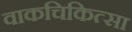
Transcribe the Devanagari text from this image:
वाकचिकित्सा